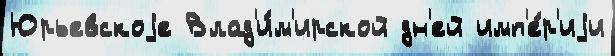
Юрьевскоjе Влад'и́м'ирской дн'ей имп'е́р'иjи